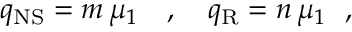
q _ { \mathrm { N S } } = m \, \mu _ { 1 } ~ ~ ~ , ~ ~ ~ q _ { \mathrm { R } } = n \, \mu _ { 1 } ~ ~ ,